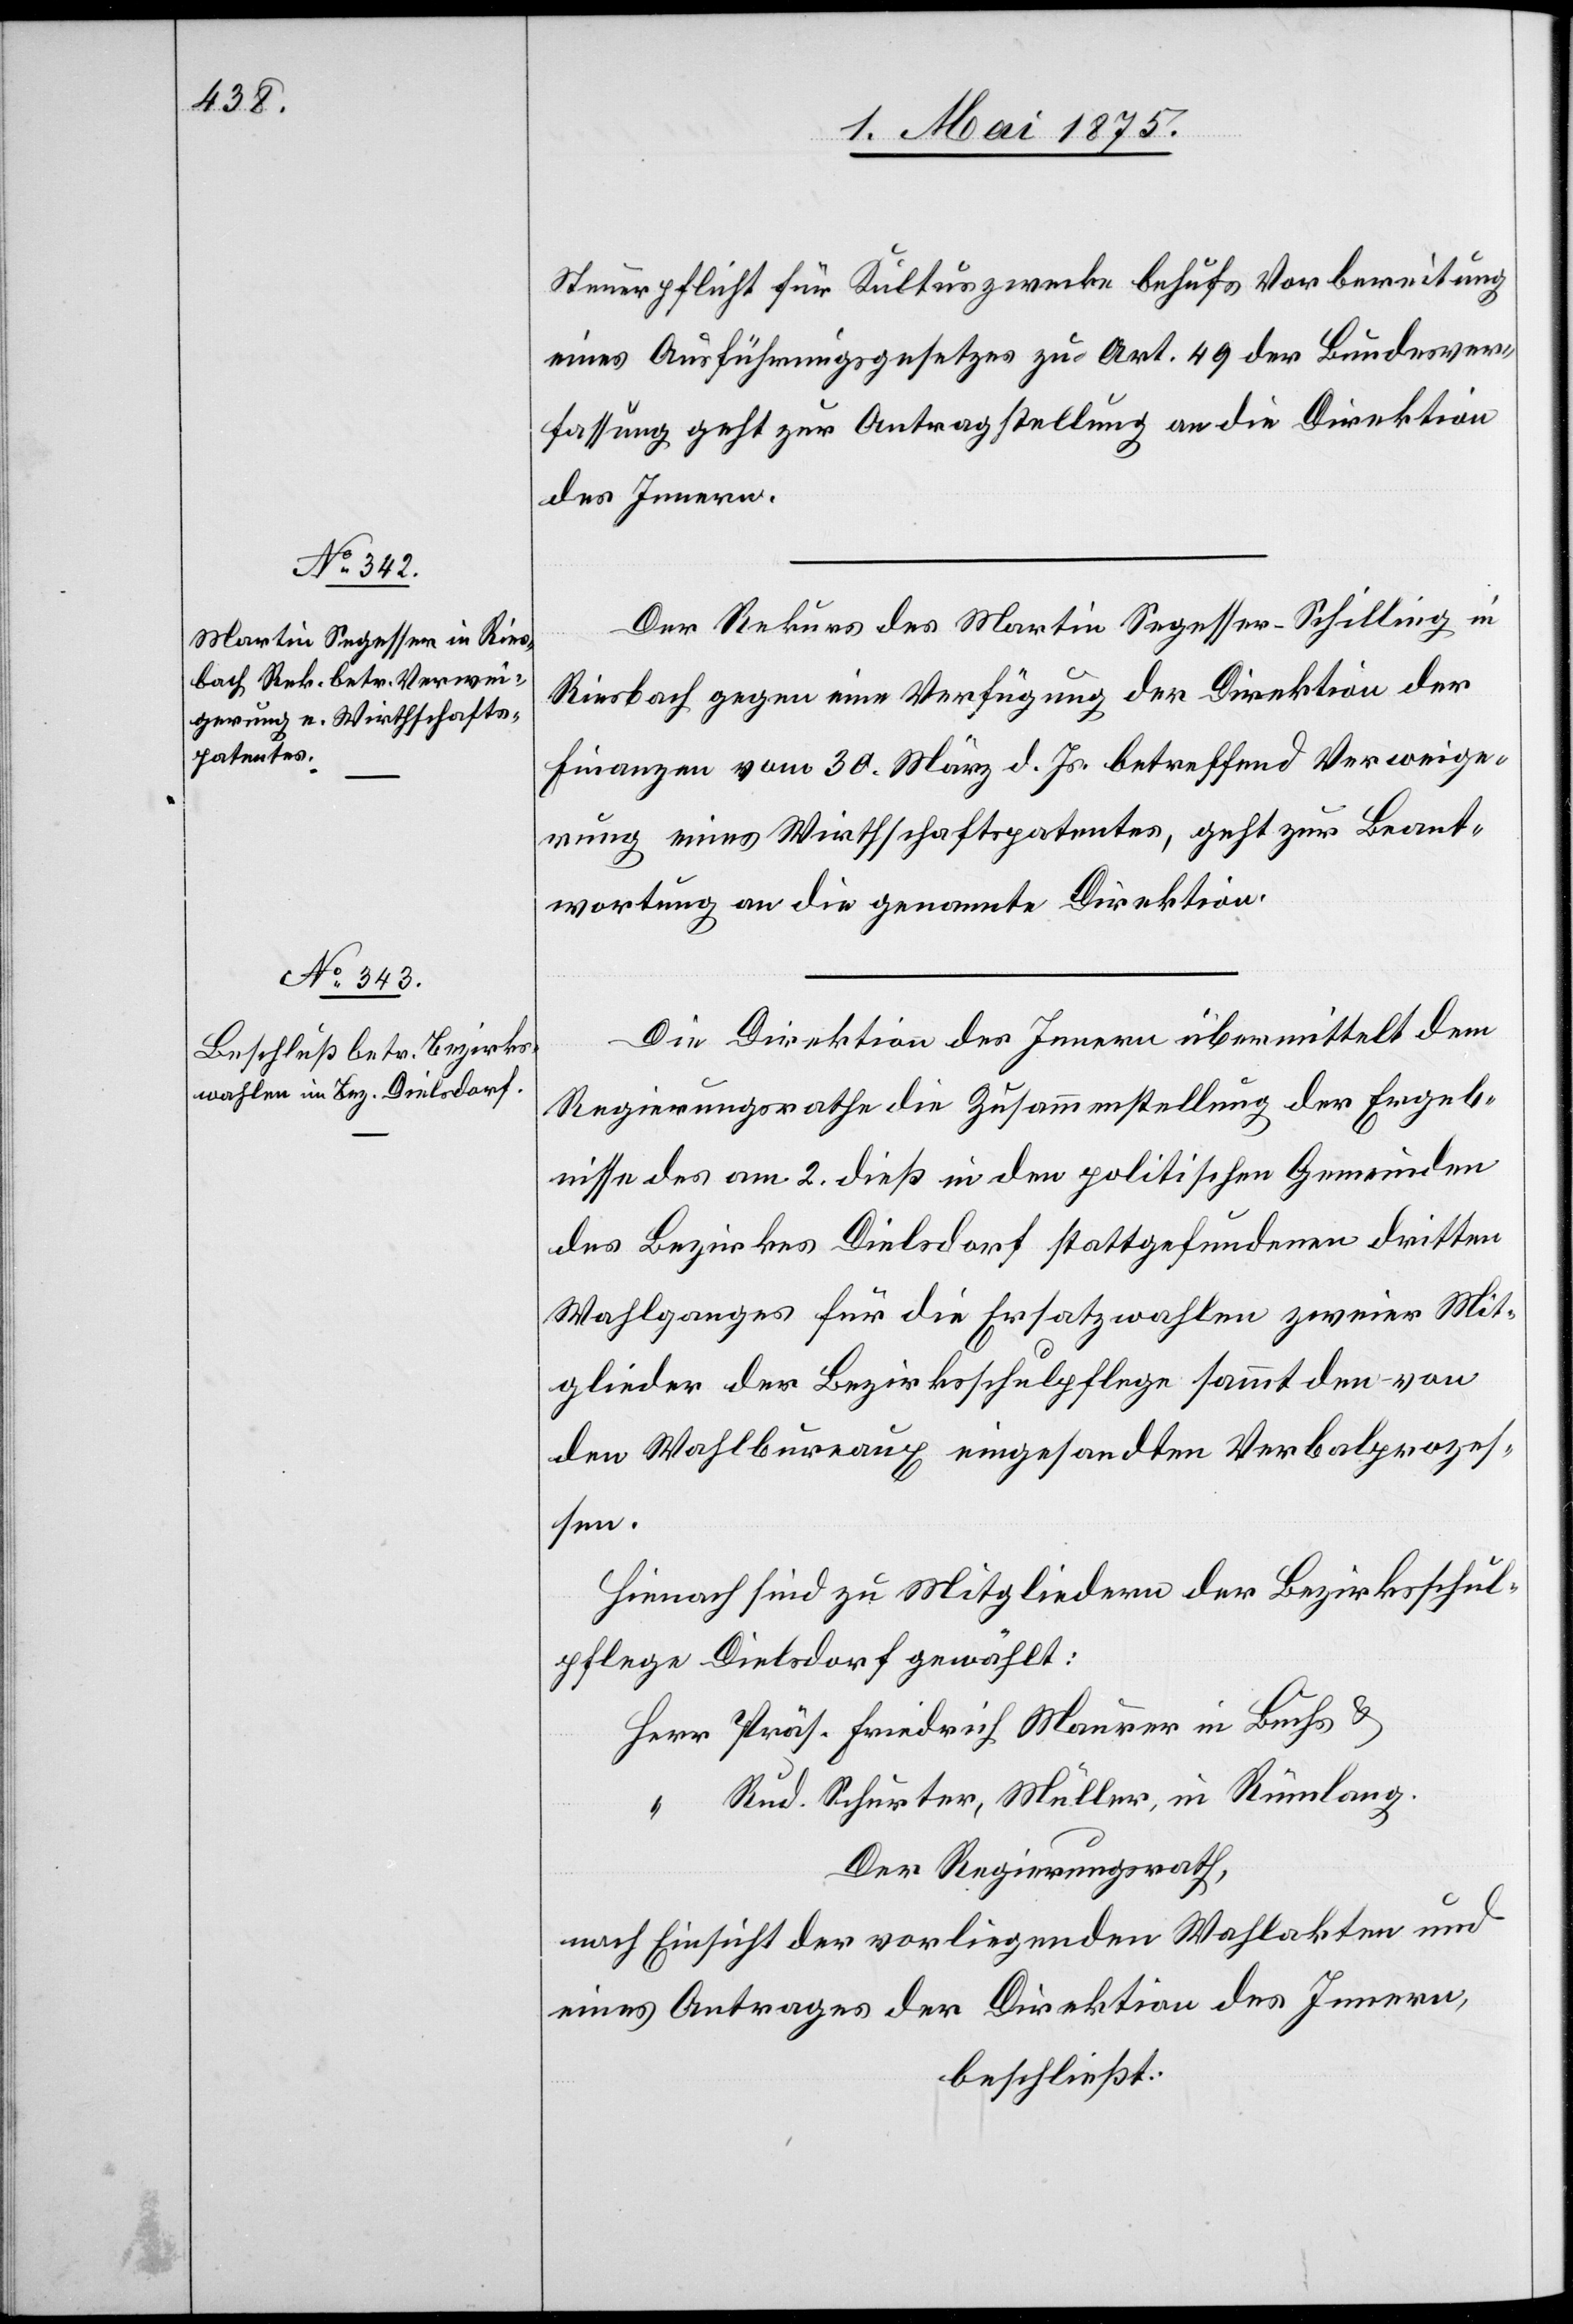
4. Mai 1875.]
Steuerpflicht für Kulturzwecke behufs Vorbereitung
eines Ausführungsgesetzes zu Art. 49 der Bundesver¬
fassung geht zur Antragstellung an die Direktion
des Innern.
Der Rekurs des Martin Segesser-Schilling in
Riesbach gegen eine Verfügung der Direktion der
Finanzen vom 30. März d. Js. betreffend Verweige¬
rung eines Wirthschaftspatentes, geht zur Beant¬
wortung an die genannte Direktion.
Die Direktion des Innern übermittelt dem
Regierungsrathe die Zusammenstellung der Ergeb¬
nisse des am 2. dieß in den politischen Gemeinden
des Bezirkes Dielsdorf stattgefundenen dritten
Wahlganges für die Ersatzahlen zweier Mit¬
glieder der Bezirksschulpflege sammt den von
den Wahlbureaux eingesandten Verbalprozes¬
sen.
Hienach sind zu Mitgliedern der Bezirksschul¬
pflege Dielsdorf gewählt:
Präs. Friedrich Maurer in Buchs &
Rud. Schurter, Müller in Rümlang.
Der Regierungsrath,
nach Einsicht der vorliegenden Wahlakten und
eines Antrages der Direktion des Innern,
beschließt: